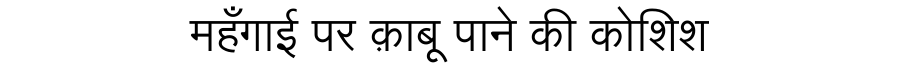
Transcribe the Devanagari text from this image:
महँगाई पर क़ाबू पाने की कोशिश